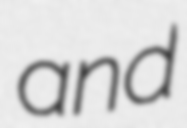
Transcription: and